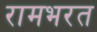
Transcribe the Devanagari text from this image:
रामभरत